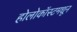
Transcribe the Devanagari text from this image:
होलोकॉस्टमधून